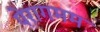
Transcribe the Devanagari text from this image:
पेरागमम